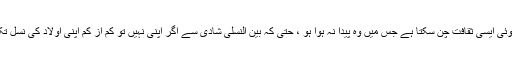
کوئی بھی شخص اپنی پسند کے مطابق اپنا دین، مذہب، زبان، علاقہ یا کوئی ایسی ثقافت چُن سکتا ہے جس میں وہ پیدا نہ ہوا ہو ، حتٰی کہ بین النسلی شادی سے اگر اپنی نہیں تو کم از کم اپنی اولاد کی نسل تک بدل سکتا ہےـ گویا متبّدل موجود ہے، پتھر پر لِکھی ہوئی تحریر نہیں۔